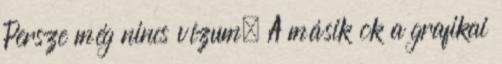
Persze még nincs vízum. A másik ok a grafikai